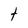
Character: t